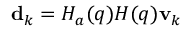
\mathbf { d } _ { k } = H _ { a } ( q ) H ( q ) \mathbf { v } _ { k }